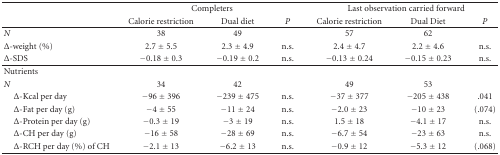
<table><thead><tr><td></td><td colspan="3"><b>Completers</b></td><td colspan="3"><b>Last observation carried forward</b></td></tr><tr><td></td><td><b>Calorie restriction</b></td><td><b>Dual diet</b></td><td><b><i>P</i></b></td><td><b>Calorie restriction</b></td><td><b>Dual Diet</b></td><td><b><i>P</i></b></td></tr></thead><tbody><tr><td><i>N</i></td><td>38</td><td>49</td><td></td><td>57</td><td>62</td><td></td></tr><tr><td>Δ-weight (%)</td><td>2.7 ± 5.5</td><td>2.3 ± 4.9</td><td>n.s.</td><td>2.4 ± 4.7</td><td>2.2 ± 4.6</td><td>n.s.</td></tr><tr><td>Δ-SDS</td><td>−0.18 ± 0.3</td><td>−0.19 ± 0.2</td><td>n.s.</td><td>−0.13 ± 0.24</td><td>−0.15 ± 0.23</td><td>n.s. </td></tr><tr><td>Nutrients</td><td></td><td></td><td></td><td></td><td></td><td></td></tr><tr><td><i>N</i></td><td>34</td><td>42</td><td></td><td>49</td><td>53</td><td></td></tr><tr><td> Δ-Kcal per day</td><td>−96 ± 396</td><td>−239 ± 475</td><td>n.s.</td><td>−37 ± 377</td><td>−205 ± 438</td><td>.041</td></tr><tr><td> Δ-Fat per day (g)</td><td>−4 ± 55</td><td>−11 ± 24</td><td>n.s.</td><td>−2.0 ± 23</td><td>−10 ± 23</td><td>(.074)</td></tr><tr><td> Δ-Protein per day (g)</td><td>−0.3 ± 19</td><td>−3 ± 19</td><td>n.s.</td><td>1.5 ± 18</td><td>−4.1 ± 17</td><td>n.s.</td></tr><tr><td> Δ-CH per day (g)</td><td>−16 ± 58</td><td>−28 ± 69</td><td>n.s.</td><td>−6.7 ± 54</td><td>−23 ± 63</td><td>n.s.</td></tr><tr><td> Δ-RCH per day (%) of CH</td><td>−2.1 ± 13</td><td>−6.2 ± 13</td><td>n.s.</td><td>−0.9 ± 12</td><td>−5.3 ± 12</td><td>(.068)</td></tr></tbody></table>